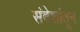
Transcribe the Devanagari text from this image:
संदेशांतून